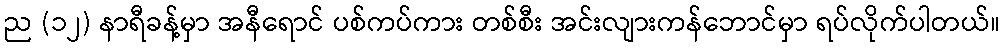
ည (၁၂) နာရီခန့်မှာ အနီရောင် ပစ်ကပ်ကား တစ်စီး အင်းလျားကန်ဘောင်မှာ ရပ်လိုက်ပါတယ်။